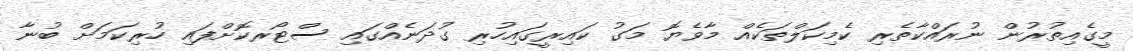
މީގެއިތުރުން ނުރައްކާތެރި ކެމިކަލްތަކެއް މާވެޔޮ މަގު ކައިރީގައިހުރި ގުދަނެއްގައި ސްޓޯރކޮށްފައި ހުރިކަމަށް ބުނާ